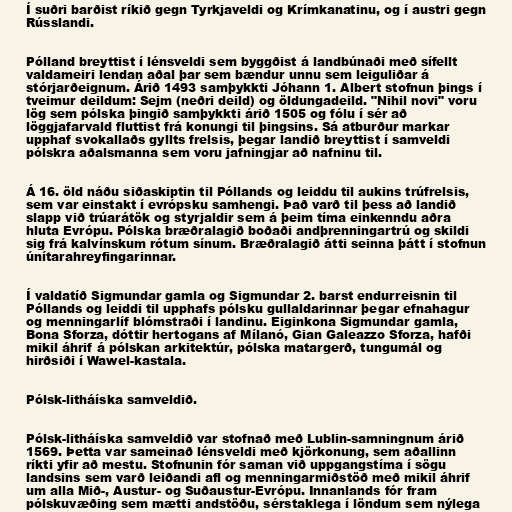
Í suðri barðist ríkið gegn Tyrkjaveldi og Krímkanatinu, og í austri gegn
Rússlandi.

Pólland breyttist í lénsveldi sem byggðist á landbúnaði með sífellt
valdameiri lendan aðal þar sem bændur unnu sem leiguliðar á
stórjarðeignum. Árið 1493 samþykkti Jóhann 1. Albert stofnun þings í
tveimur deildum: Sejm (neðri deild) og öldungadeild. "Nihil novi" voru
lög sem pólska þingið samþykkti árið 1505 og fólu í sér að
löggjafarvald fluttist frá konungi til þingsins. Sá atburður markar
upphaf svokallaðs gyllts frelsis, þegar landið breyttist í samveldi
pólskra aðalsmanna sem voru jafningjar að nafninu til.

Á 16. öld náðu siðaskiptin til Póllands og leiddu til aukins trúfrelsis,
sem var einstakt í evrópsku samhengi. Það varð til þess að landið
slapp við trúarátök og styrjaldir sem á þeim tíma einkenndu aðra
hluta Evrópu. Pólska bræðralagið boðaði andþrenningartrú og skildi
sig frá kalvínskum rótum sínum. Bræðralagið átti seinna þátt í stofnun
únítarahreyfingarinnar.

Í valdatíð Sigmundar gamla og Sigmundar 2. barst endurreisnin til
Póllands og leiddi til upphafs pólsku gullaldarinnar þegar efnahagur
og menningarlíf blómstraði í landinu. Eiginkona Sigmundar gamla,
Bona Sforza, dóttir hertogans af Mílanó, Gian Galeazzo Sforza, hafði
mikil áhrif á pólskan arkitektúr, pólska matargerð, tungumál og
hirðsiði í Wawel-kastala.

Pólsk-litháíska samveldið.

Pólsk-litháíska samveldið var stofnað með Lublin-samningnum árið
1569. Þetta var sameinað lénsveldi með kjörkonung, sem aðallinn
ríkti yfir að mestu. Stofnunin fór saman við uppgangstíma í sögu
landsins sem varð leiðandi afl og menningarmiðstöð með mikil áhrif
um alla Mið-, Austur- og Suðaustur-Evrópu. Innanlands fór fram
pólskuvæðing sem mætti andstöðu, sérstaklega í löndum sem nýlega